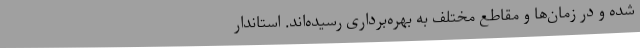
شده و در زمان‌ها و مقاطع مختلف به بهره‌برداری رسیده‌اند. استاندار